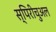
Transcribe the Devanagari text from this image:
स्पिरीचुअल